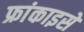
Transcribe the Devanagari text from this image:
फ्रांकाइसे